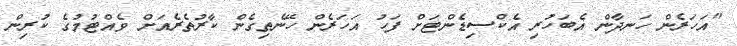
"އަހަރެން ހަނދާން އެބަހުރި އެކްސިޑެންޓަށް ފަހު އަހަރެން ހޭނެތިގެން ކާރުތެރެއަށް ވެއްޓުމުގެ ކުރިން